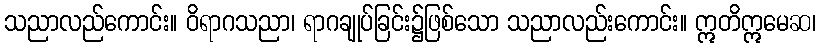
သညာလည်ကောင်း။ ဝိရာဂသညာ၊ ရာဂချုပ်ခြင်း၌ဖြစ်သော သညာလည်းကောင်း။ ဣတိဣမေဆ၊